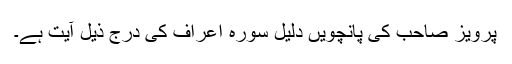
پرویز صاحب کی پانچویں دلیل سورہ اعراف کی درج ذیل آیت ہے۔